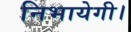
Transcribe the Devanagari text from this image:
निभायेगी।